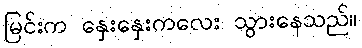
မြင်းက နှေးနှေးကလေး သွားနေသည်။